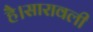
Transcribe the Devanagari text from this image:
है।सारावली